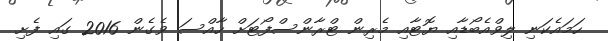
ހަމައެކަނި ލިވްއެބޯޑާއި ޔޮޓާއި މެރިން ޓްރާންސްފޯޓަށް ހާއްސަ ވެގެން 2016 ގައި ފެށި